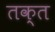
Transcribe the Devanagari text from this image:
तक्त